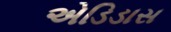
એડિડાસ